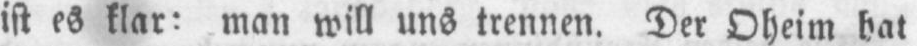
ist es klar: man will uns trennen. Der Oheim hat